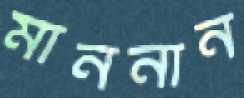
মাননান